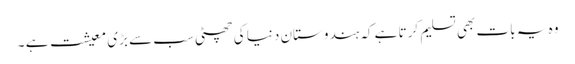
وہ یہ بات بھی تسلیم کرتا ہے کہ ہندوستان دنیا کی چھٹی سب سے بڑی معیشت ہے ۔